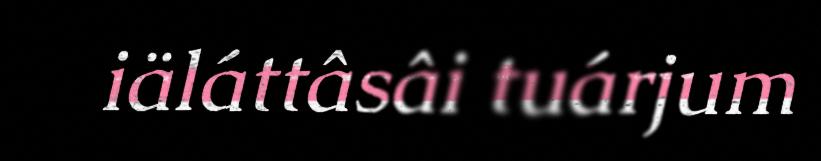
iäláttâsâi tuárjum